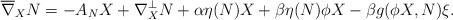
LaTeX: \begin{align*}\overline{\nabla}_{X}N=-A_{N}X+\nabla_{X}^{\bot}N+\alpha\eta(N)X+\beta\eta(N)\phi X-\beta g(\phi X,N)\xi.\end{align*}